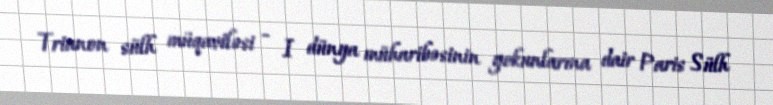
Trianon sülh müqaviləsi - I dünya müharibəsinin yekunlarına dair Paris Sülh